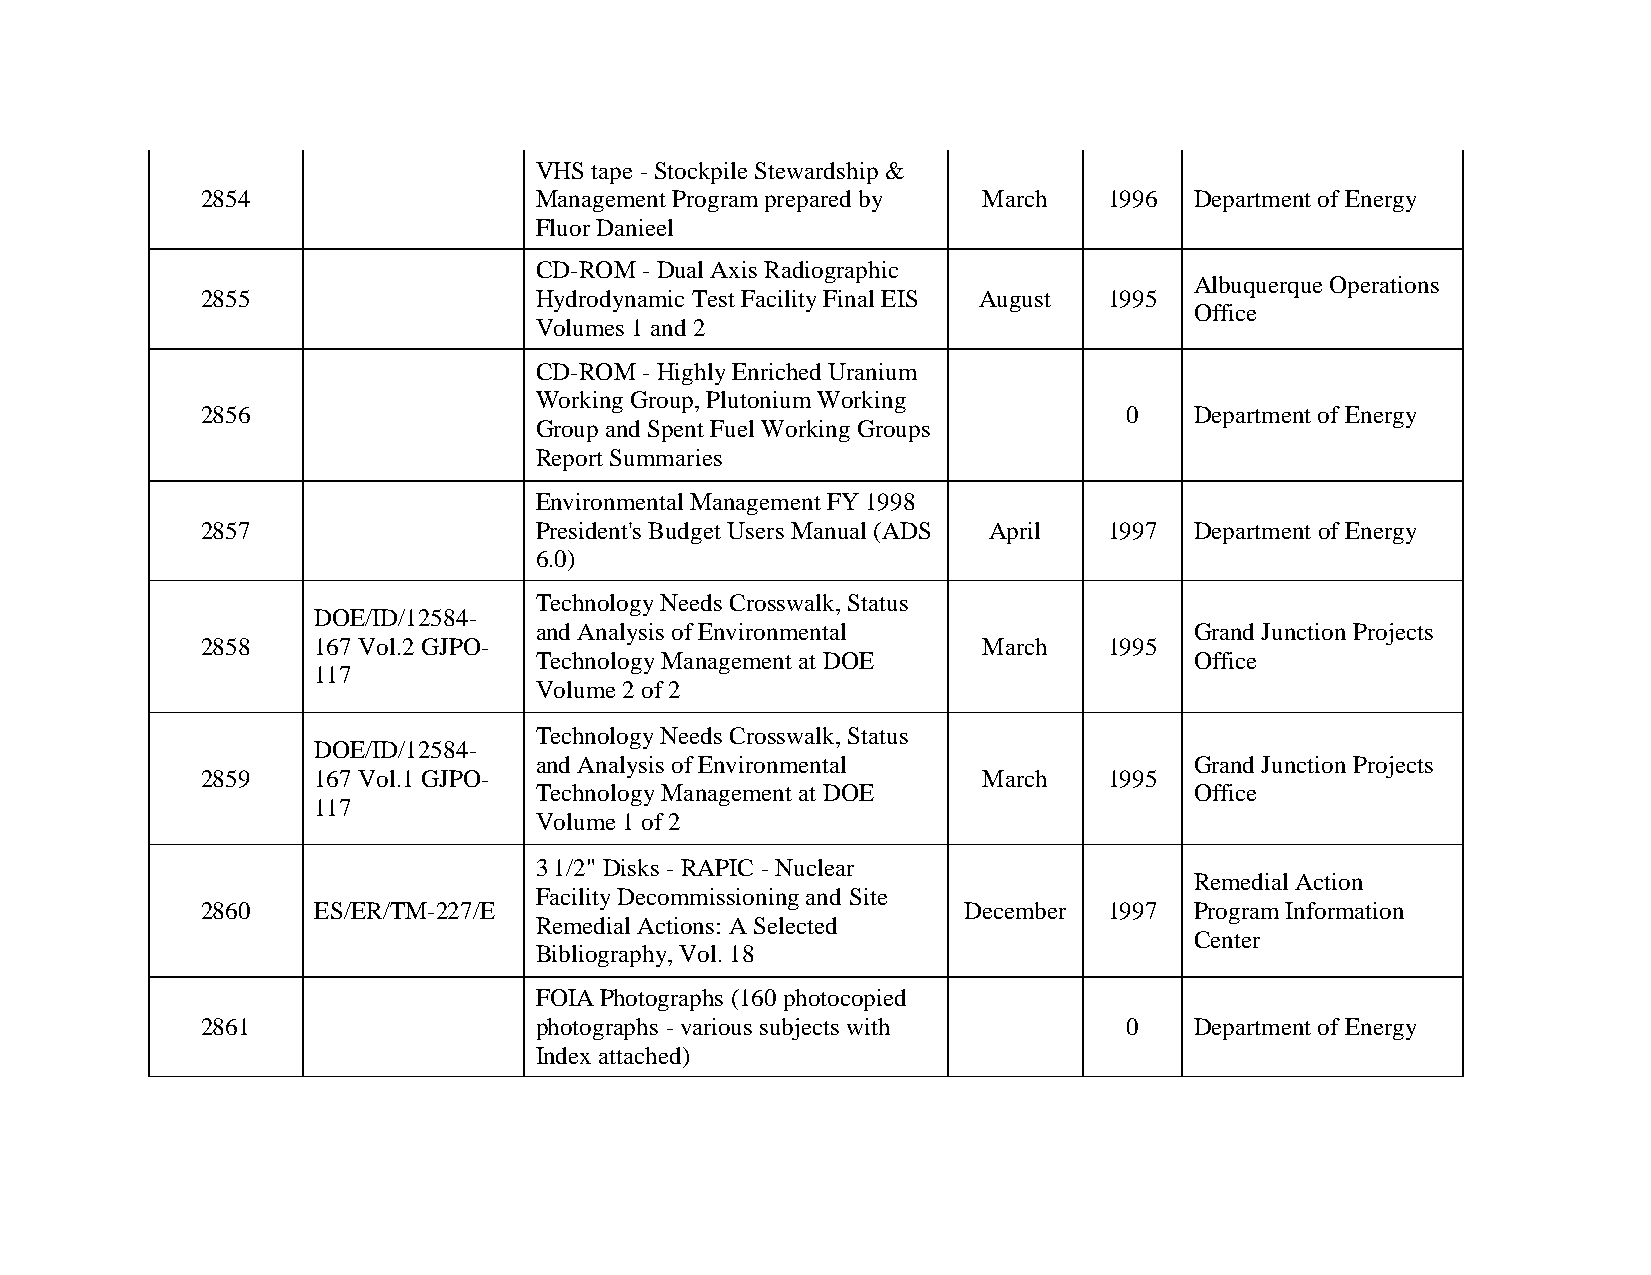
VHS tape - Stockpile Stewardship &
 2854                  Management Program prepared by March  1996  Department of Energy
 Fluor Danieel
 CD-ROM - Dual Axis Radiographic
 Albuquerque Operations
 2855                  Hydrodynamic Test Facility Final EIS August 1995
 Office
 Volumes 1 and 2
 CD-ROM - Highly Enriched Uranium
 Working Group, Plutonium Working
 2856                                                          0   Department of Energy
 Group and Spent Fuel Working Groups
 Report Summaries
 Environmental Management FY 1998
 2857                  President's Budget Users Manual (ADS April 1997 Department of Energy
 6.0)
 Technology Needs Crosswalk, Status
 DOE/ID/12584-
 and Analysis of Environmental               Grand Junction Projects
 2858    167 Vol.2 GJPO-                             March   1995
 Technology Management at DOE                Office
 117
 Volume 2 of 2
 Technology Needs Crosswalk, Status
 DOE/ID/12584-
 and Analysis of Environmental               Grand Junction Projects
 2859    167 Vol.1 GJPO-                             March   1995
 Technology Management at DOE                Office
 117
 Volume 1 of 2
 3 1/2" Disks - RAPIC - Nuclear
 Remedial Action
 Facility Decommissioning and Site
 2860    ES/ER/TM-227/E                             December 1997  Program Information
 Remedial Actions: A Selected
 Center
 Bibliography, Vol. 18
 FOIA Photographs (160 photocopied
 2861                  photographs - various subjects with     0   Department of Energy
 Index attached)